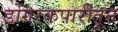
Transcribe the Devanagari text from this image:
डोंगरकपारीतून